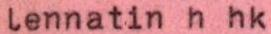
lennatin h hk